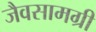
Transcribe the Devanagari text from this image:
जैवसामग्री